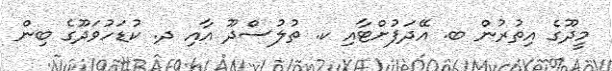
މީދޫގެ އިތުރުން ބ. އޭދަފުށްޓާއި ކ. ތުލުސްދޫ އާއި ދ. ކުޑަހުވަދޫގެ ބިން